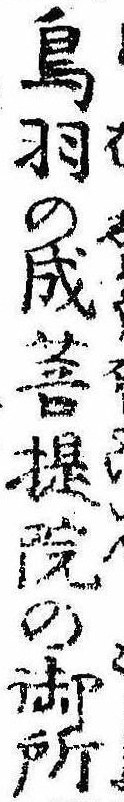
鳥羽の成菩提院の御所